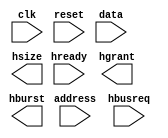
module AHB_Controller (
    input wire clk,
    input wire reset,
    input wire [3:0] data,
    input wire [7:0] address,
    input wire hready,
    input wire hbusreq,
    output reg hgrant,
    output reg [3:0] hburst,
    output reg [1:0] hsize
);

// Clock Generation Module
reg clk_out;
always @(posedge clk or posedge reset) begin
    if (reset) begin
        clk_out <= 1'b0;
    end else begin
        clk_out <= ~clk_out;
    end
end

// Data Transfer and Addressing Module
always @(posedge clk_out) begin
    if (hready && hbusreq) begin
        // Data Transfer Logic
        // Addressing Logic
    end
end

// Interrupt Request Handling Module
reg [7:0] interrupt_requests;
always @(posedge clk_out) begin
    // Interrupt request handling logic
end

// Arbitration Mechanism Module
always @(posedge clk_out) begin
    // Arbitration logic to grant bus access to devices
end

endmodule